Salla_vallavalitsus, lk 17
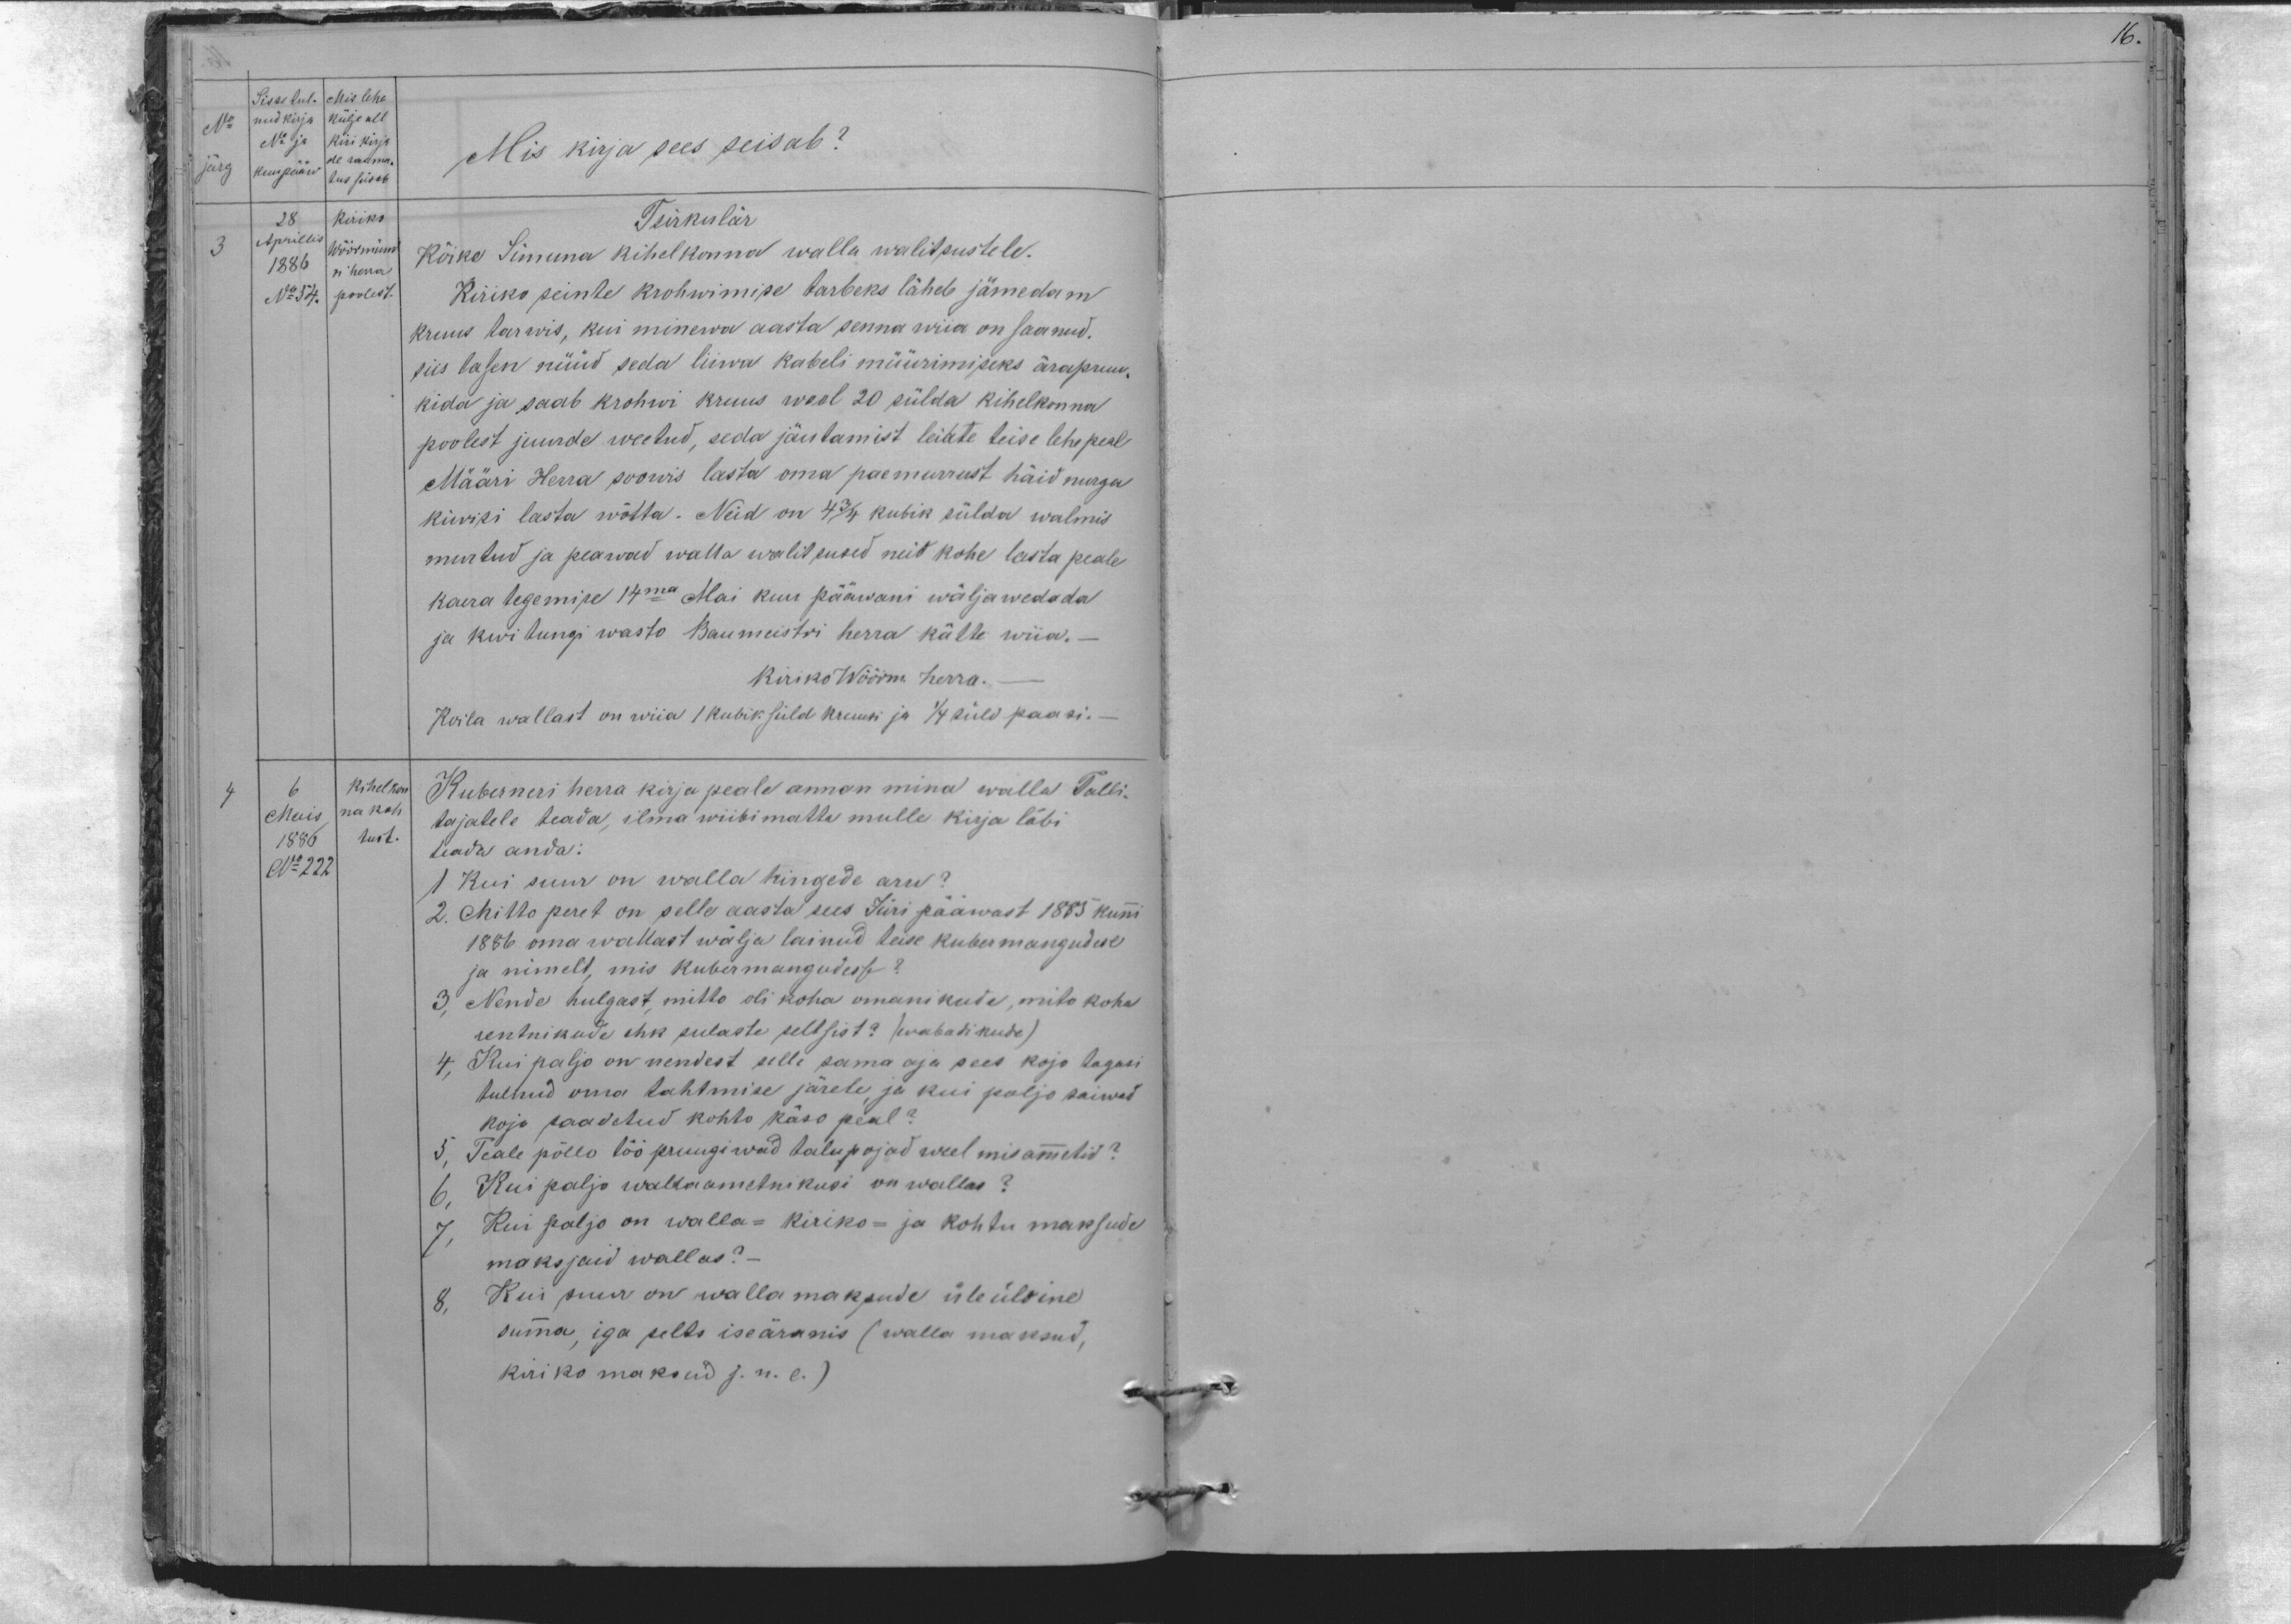
Sisse tul- Mis lehe
No nud kirja külje all
No ja kiri kirja
de raama-
järg kuupääw tus seisab
28 kiriks
Aprillis Wöörmünd
3
1886 ri herra
No 54. poolest.
Mis kirja sees seisab?
Tsirkulär
Kõike Simuna kihelkonna walla walitsustele.
Kiriko seinte krohwimise tarbeks läheb jämedam
kruus tarwis, kui minewa aasta senna wiia on saanud.
siis lasen nüüd seda liiwa kabeli müürimiseks ärapruu-
kida ja saab krohvi kruus weel 20 sülda kihelkonna
poolest juurde weetud, seda jäutamist leiate teise lehe peal
Määri Herra soowis lasta oma paemurust häid nurga
kiwiks lasta wõtta. Neid on 4 3/4 kubik sülda walmis
murtud ja peawad walla walitsused neid kohe lasta peale,
kaera tegemise 14ma Mai kuu pääwani wälja wedada
ja kwitungi wasto Baumeistri herra kätte wiia.
kiriko Wöörm. herra.
Koila wallast on wiia 1 kubik süld kruusi ja 1/4 süld paasi.-
4
6
kihelkon
Kuberneri herra kirja peale annan mina walla Talli-
Mais
na koh.
tajatele teada, ilma wiibimatta mulle kirja läbi
1886
tust.
teada anda:
No:222
1 Kui suur on walla hingede arw?
2. Mitto peret on selle aasta sees Jüri pääwast 1885 kuni
1886 oma wallast wälja läinud teise kubermangudese
ja nimelt, mis kubermangudesse?
3. Nende hulgast, mitto oli koha omanikude, mito koha
rentnikude ehk sulaste seltsist? (wabatikude)
4, Kui paljo on nendest selle sama aja sees kojo tagasi
tulnud oma tahtmise järele ja kui paljo saiwad
kojo saadetud kohto käso peal?
5, Teale põllo töö pruugiwad talupojad weel mis ametid?
6, Kui paljo walla ametnikusi on wallas?
7, Kui paljo on walla- kiriko- ja kohtu maksude
maksjaid wallas?
8, Kui suur on walla maksude üle üldine
summa, iga selts iseäranis (walla maksud,
kiriko maksud j.n.e.)